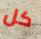
كل